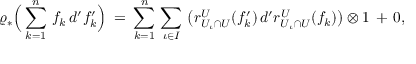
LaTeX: \varrho _ { * } \Big ( \sum _ { k = 1 } ^ { n } \, f _ { k } \, d ^ { \prime } f _ { k } ^ { \prime } \Big ) \: = \: \sum _ { k = 1 } ^ { n } \, \sum _ { \iota \in I } \, \big ( r _ { U _ { \iota } \cap U } ^ { U } ( f _ { k } ^ { \prime } ) \, d ^ { \prime } r _ { U _ { \iota } \cap U } ^ { U } ( f _ { k } ) \big ) \otimes 1 \, + \, 0 ,